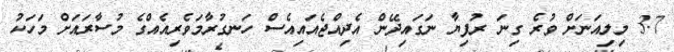
3.7 މިލިއަނަށް ވުރެ ގިނަ ރުފިޔާ ނަގައިދޭން އެދިއްޖެއައިއެސް ހަނގުރާމަވެރިއެއްގެ މުސާރައަށް މަހަކު